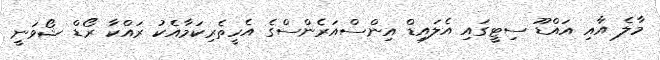
މާލެ އާއި އައްޑޫ ސިޓީގައި އެލައިޑް އިންސްއަރެންސްގެ އެހީތެރިކަމާއެކު ރައްކާ ރޯޑް ޝޯވަނީ